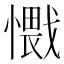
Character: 𰒕